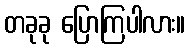
တခုခု ပြောကြပါလား။